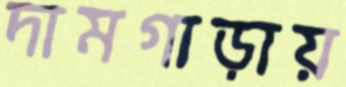
দামগাড়ায়